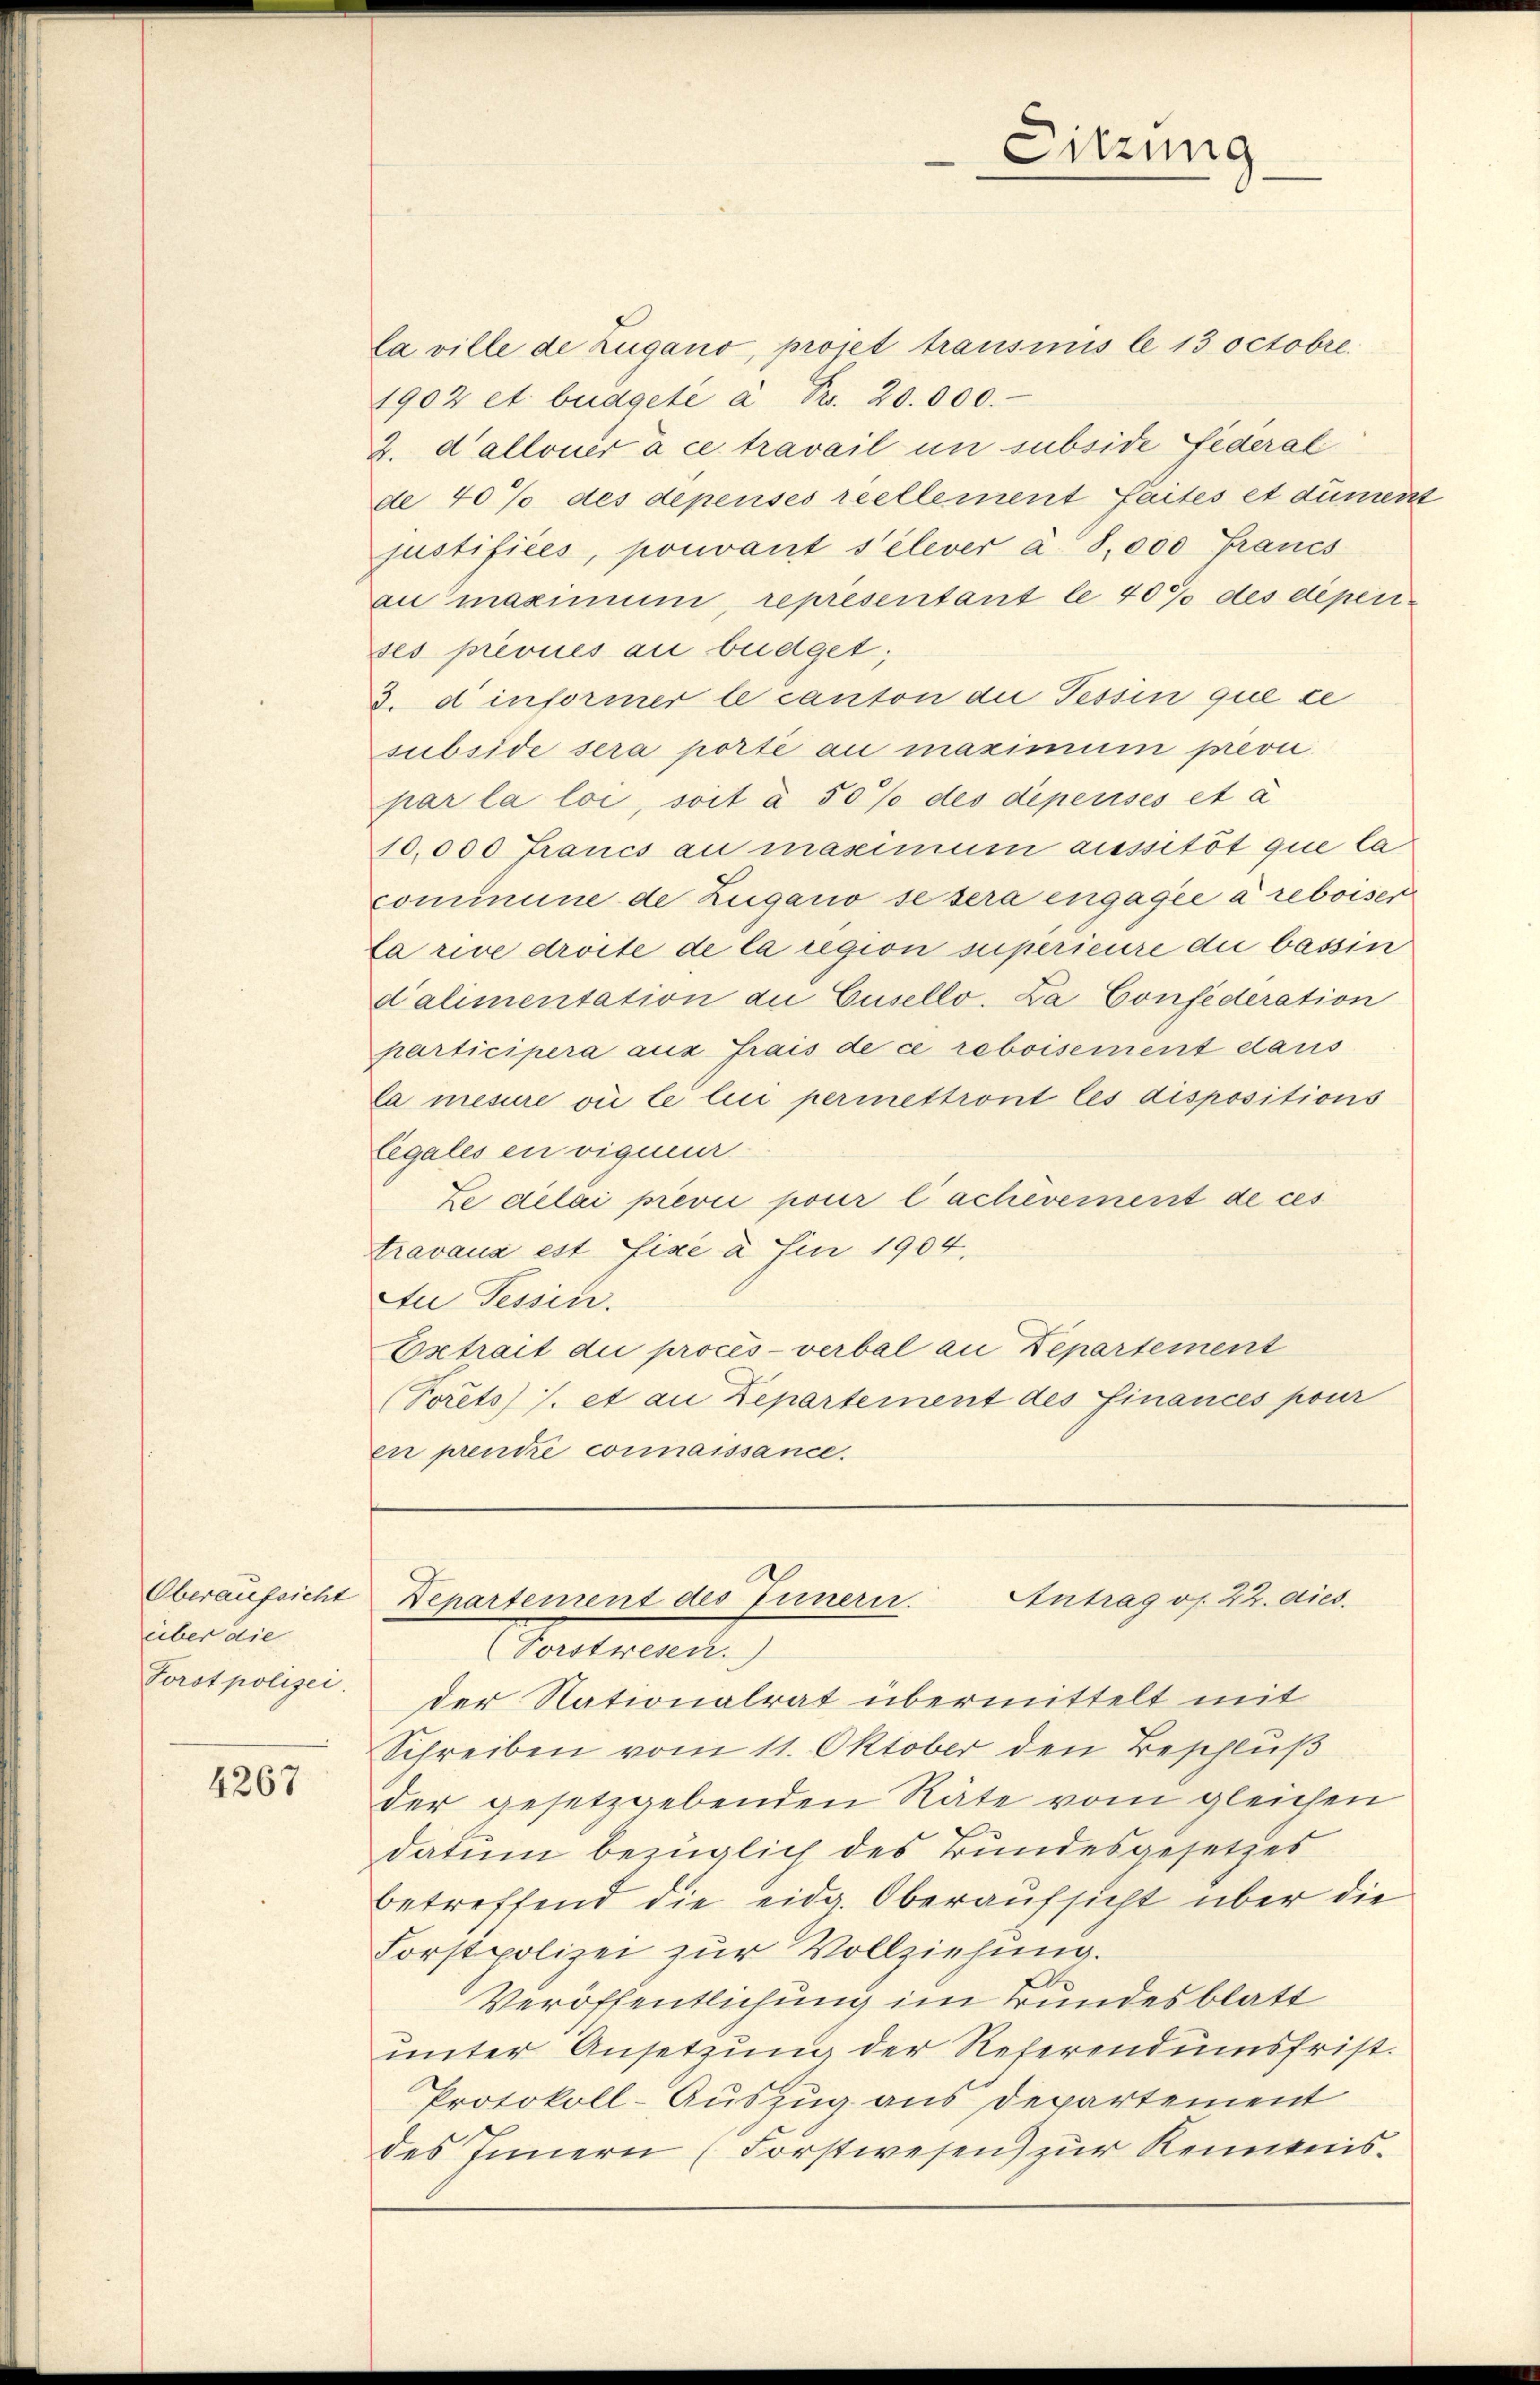
Oberaufsicht
über die
Porstpolizei

4267

Sitzung

la ville de Zugano, projet transmis le 13 octobre.
1902 et buagele à Fr. 20.000.
2. dalloner à ce travail um subside Federal
de 40% des depensés reellement faites et dument
justifices, pouvant s’élever à 8,000 Francs
au maximum, representant le 40% des depen
ses prévues au büdget;
3. d informer le canton die Tessin que se
subside sera porté au maximum prevu
par la loi, soit à 50% des dépensés et a
10,000 Francs au maximum aussitôt que la
commune de Zugano se sera engagée à reboiser
Ca rive droite de la region superieure die bassin
d'alimentation du Cusello. La Confederation
participera aus frais de ce reboisement dans
Ca mesure vii le lui permettront les dispositions
legales en vigneur
Ze délai previ pour lachevement de ces
travaux est fixe à fin 1904,
Au Tessin.
Extrait die procès-verbal an Departement
(Forts) /. et an Departement des Finances pour
en prendre connaissance.

Antrag os. 22. dies
Departement des Innern.

Vorstwesen.
der Nationalrat übermittelt mit
Schreiben vom 11. Oktober den Beschluß
der gesetzgebenden Räte vom gleichen
datum bezüglich des Bundesgesetzes
betreffend die eidg. Oberaufsicht über die
Forstpolizei zur Vollziehung.
Veröffentlichung im Bundesblatt
ŭnter Ansetzung der Referendumsfrist.
Protokoll-Auszug aus Departement
des Innern (Forstwesen) zur Kenntnis.